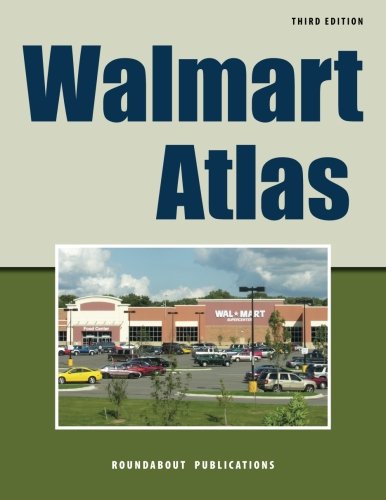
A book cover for Walmart Atlas; Roundabout Publications; Travel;